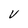
Character: v